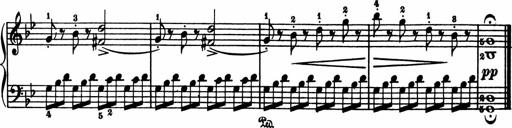
Title: 11 Sonatinas for Piano Solo
Composer: Anton Diabelli